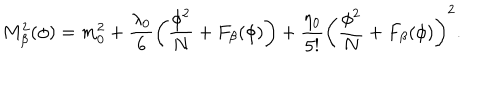
LaTeX: M _ { \beta } ^ { 2 } ( \phi ) = m _ { 0 } ^ { 2 } + \frac { \lambda _ { 0 } } { 6 } \left( \frac { \phi ^ { 2 } } { N } + F _ { \beta } ( \phi ) \right) + \frac { \eta _ { 0 } } { 5 ! } \left( \frac { \phi ^ { 2 } } { N } + F _ { \beta } ( \phi ) \right) ^ { 2 } .